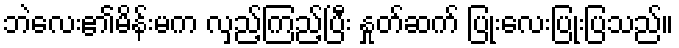
ဘဲလေး၏မိန်းမက လှည့်ကြည့်ပြီး နှုတ်ဆက် ပြုံးလေးပြုံးပြသည်။